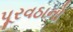
પૂરવઠાનો